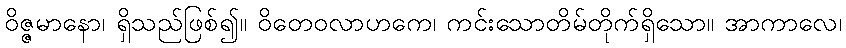
ဝိဇ္ဇမာနော၊ ရှိသည်ဖြစ်၍။ ဝိတေဝလာဟကေ၊ ကင်းသောတိမ်တိုက်ရှိသော။ အာကာလေ၊